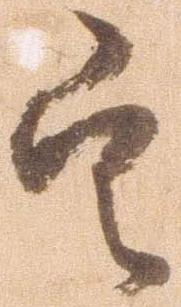
定